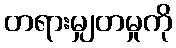
တရားမျှတမှုကို